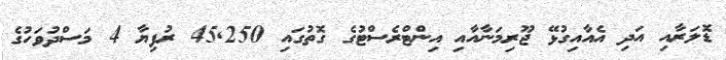
ޑޮލަރާއި އަދި އެއާއިގުޅޭ ޖޫރިމަނާއާއި އިންޓްރެސްޓުގެ ގޮތުގައި 45